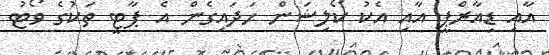
އާއި ޑިއާރްޕީ އާއި އެކު ކޯލިޝަން ހަދައިގެން އެ ޕާޓީ ތަކުގެ ވޯޓު